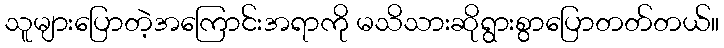
သူများပြောတဲ့အကြောင်းအရာကို မသိသားဆိုရွားစွာပြောတတ်တယ်။